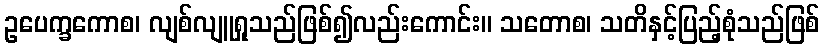
ဥပေက္ခကောစ၊ လျစ်လျူရှုသည်ဖြစ်၍လည်းကောင်း။ သတောစ၊ သတိနှင့်ပြည့်စုံသည်ဖြစ်